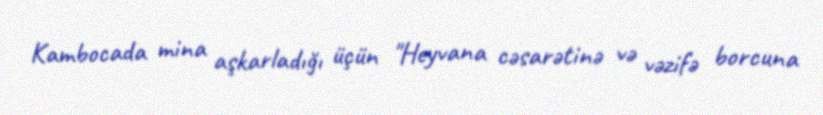
Kambocada mina aşkarladığı üçün "Heyvana cəsarətinə və vəzifə borcuna